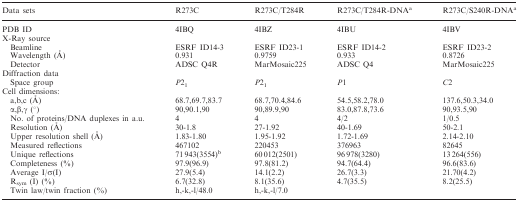
<table><thead><tr><td><b>Data sets</b></td><td><b>R273C</b></td><td><b>R273C/T284R</b></td><td><b>R273C/T284R-DNA<sup>a</sup></b></td><td><b>R273C/S240R-DNA<sup>a</sup></b></td></tr></thead><tbody><tr><td>PDB ID</td><td>4IBQ</td><td>4IBZ</td><td>4IBU</td><td>4IBV</td></tr><tr><td>X-Ray source</td><td></td><td></td><td></td><td></td></tr><tr><td>Beamline</td><td>ESRF ID14-3</td><td>ESRF ID23-1</td><td>ESRF ID14-2</td><td>ESRF ID23-2</td></tr><tr><td>Wavelength (Å)</td><td>0.931</td><td>0.9759</td><td>0.933</td><td>0.8726</td></tr><tr><td>Detector</td><td>ADSC Q4R</td><td>MarMosaic225</td><td>ADSC Q4</td><td>MarMosaic225</td></tr><tr><td>Diffraction data</td><td></td><td></td><td></td><td></td></tr><tr><td>Space group</td><td><i>P</i>2<sub>1</sub></td><td><i>P</i>2<sub>1</sub></td><td><i>P</i>1</td><td><i>C</i>2</td></tr><tr><td>Cell dimensions:</td><td></td><td></td><td></td><td></td></tr><tr><td>a,b,c (Å)</td><td>68.7,69.7,83.7</td><td>68.7,70.4,84.6</td><td>54.5,58.2,78.0</td><td>137.6,50.3,34.0</td></tr><tr><td>α,β,γ (°)</td><td>90,90.1,90</td><td>90,89.9,90</td><td>83.0,87.8,73.6</td><td>90,93.5,90</td></tr><tr><td>No. of proteins/DNA duplexes in a.u.</td><td>4</td><td>4</td><td>4/2</td><td>1/0.5</td></tr><tr><td>Resolution (Å)</td><td>30-1.8</td><td>27-1.92</td><td>40-1.69</td><td>50-2.1</td></tr><tr><td>Upper resolution shell (Å)</td><td>1.83-1.80</td><td>1.95-1.92</td><td>1.72-1.69</td><td>2.14-2.10</td></tr><tr><td>Measured reflections</td><td>467102</td><td>220453</td><td>376963</td><td>82645</td></tr><tr><td>Unique reflections</td><td>71 943(3554)<sup>b</sup></td><td>60 012(2501)</td><td>96 978(3280)</td><td>13 264(556)</td></tr><tr><td>Completeness (%)</td><td>97.9(96.9)</td><td>97.8(81.2)</td><td>94.7(64.4)</td><td>96.6(83.6)</td></tr><tr><td>Average I/σ(I)</td><td>27.9(5.4)</td><td>14.1(2.2)</td><td>26.7(3.3)</td><td>21.70(4.2)</td></tr><tr><td>R<sub>sym</sub> (I) (%)</td><td>6.7(32.8)</td><td>8.1(35.6)</td><td>4.7(35.5)</td><td>8.2(25.5)</td></tr><tr><td>Twin law/twin fraction (%)</td><td>h,-k,-l/48.0</td><td>h,-k,-l/7.0</td><td></td><td></td></tr></tbody></table>